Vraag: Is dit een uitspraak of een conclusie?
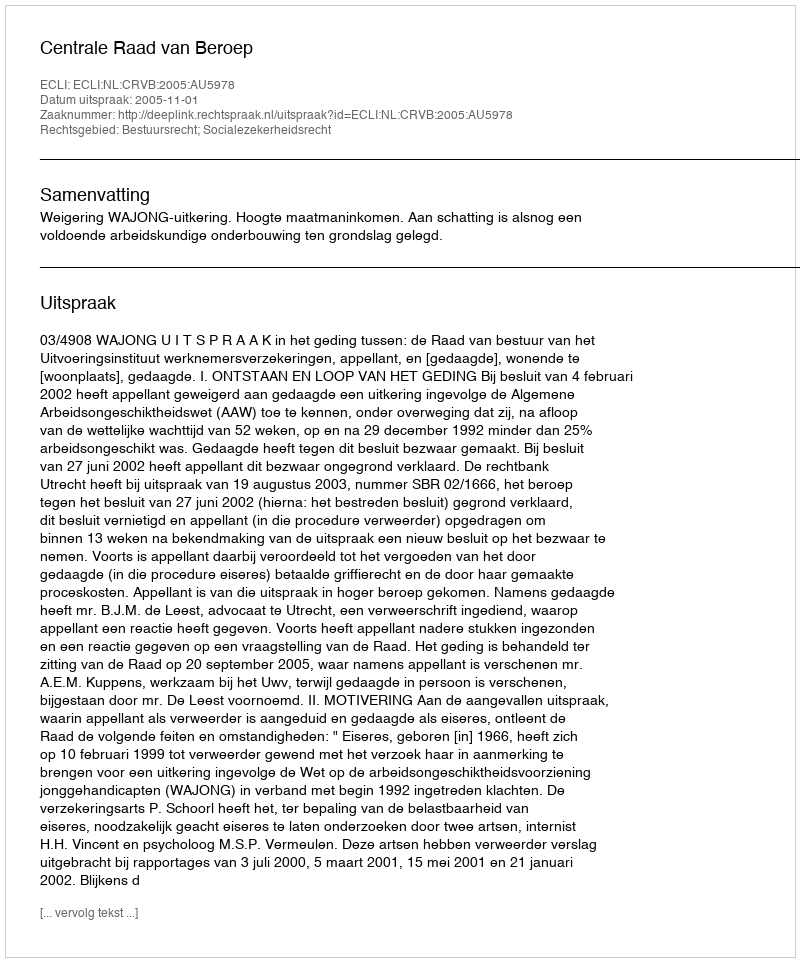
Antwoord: Uitspraak